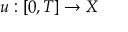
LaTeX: u : [ 0 , T ] \to X